Civil Veterinary Department. Central Provinces & Berar 1932-41 - 1932-1941
Year: 1932
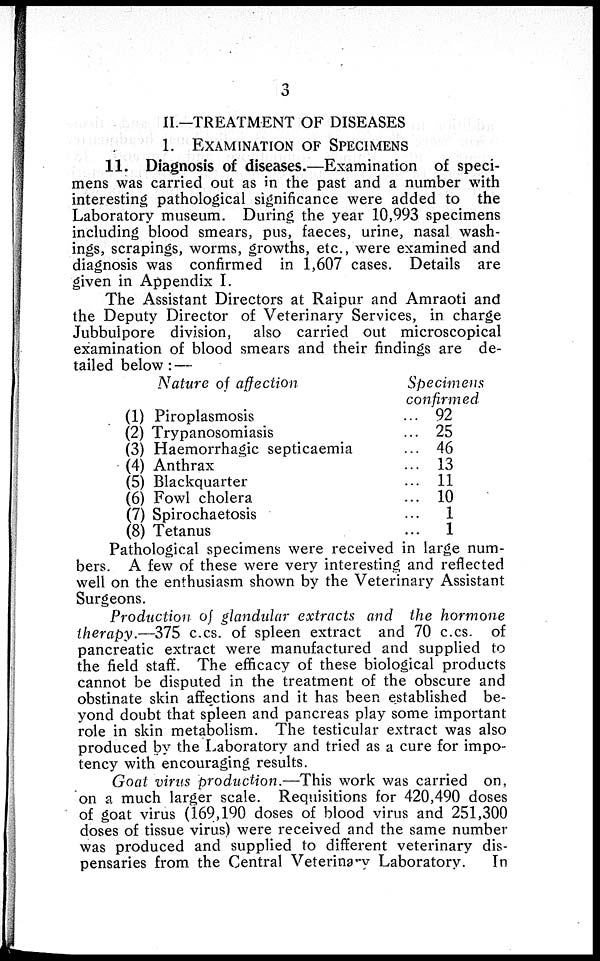
3
II—TREATMENT OF DISEASES
1. EXAMINIATION OF SPECIMENS
11. Diagnosis of diseases.—Examination of speci-
mens was carried out as in the past and a number with
interesting pathological significance were added to the
Laboratory museum. During the year 10,993 specimens
including blood smears, pus, faeces, urine, nasal wash-
ings, scrapings, worms, growths, etc., were examined and
diagnosis was confirmed in 1,607 cases. Details are
given in Appendix I.
The Assistant Directors at Raipur and Amraoti and
the Deputy Director of Veterinary Services, in charge
Jubbulpore division, also carried out microscopical
examination of blood smears and their findings are de-
tailed below : —
Nature of affection
(1) Piroplasmosis ...
(2) Trypanosomiasis ...
(3) Haemorrhagic septicaemia ...
(4) Anthrax ...
(5) Blackquarter ...
(6) Fowl cholera ...
(7) Spirochaetosis ...
(8) Tetanus ...
Specimens
confirmed
92
25
46
13
11
10
1
1
Pathological specimens were received in large num-
bers. A few of these were very interesting and reflected
well on the enthusiasm shown by the Veterinary Assistant
Surgeons.
Production of glandular extracts and the hormone
therapy.—375 c.cs. of spleen extract and 70 c.cs. of
pancreatic extract were manufactured and supplied to
the field staff. The efficacy of these biological products
cannot be disputed in the treatment of the obscure and
obstinate skin affections and it has been established be-
yond doubt that spleen and pancreas play some important
role in skin metabolism. The testicular extract was also
produced by the Laboratory and tried as a cure for impo-
tency with encouraging results.
Goat virus production.—This work was carried on,
on a much larger scale. Requisitions for 420,490 doses
of goat virus (169,190 doses of blood virus and 251,300
doses of tissue virus) were received and the same number
was produced and supplied to different veterinary dis-
pensaries from the Central Veterinary Laboratory.
In